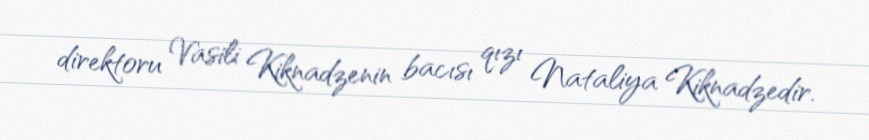
direktoru Vasili Kiknadzenin bacısı qızı Nataliya Kiknadzedir.